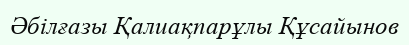
Әбілғазы Қалиақпарұлы Құсайынов